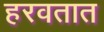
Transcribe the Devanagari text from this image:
हरवतात